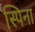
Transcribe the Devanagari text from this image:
स्पिना